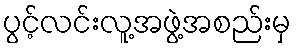
ပွင့်လင်းလူ့အဖွဲ့အစည်းမှ